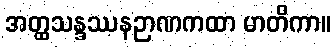
အတ္ထသန္ဒဿနဉာဏကထာ မာတိကာ။